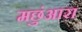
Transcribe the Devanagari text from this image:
मछुंआरा